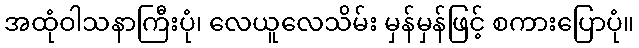
အထုံဝါသနာကြီးပုံ၊ လေယူလေသိမ်း မှန်မှန်ဖြင့် စကားပြောပုံ။